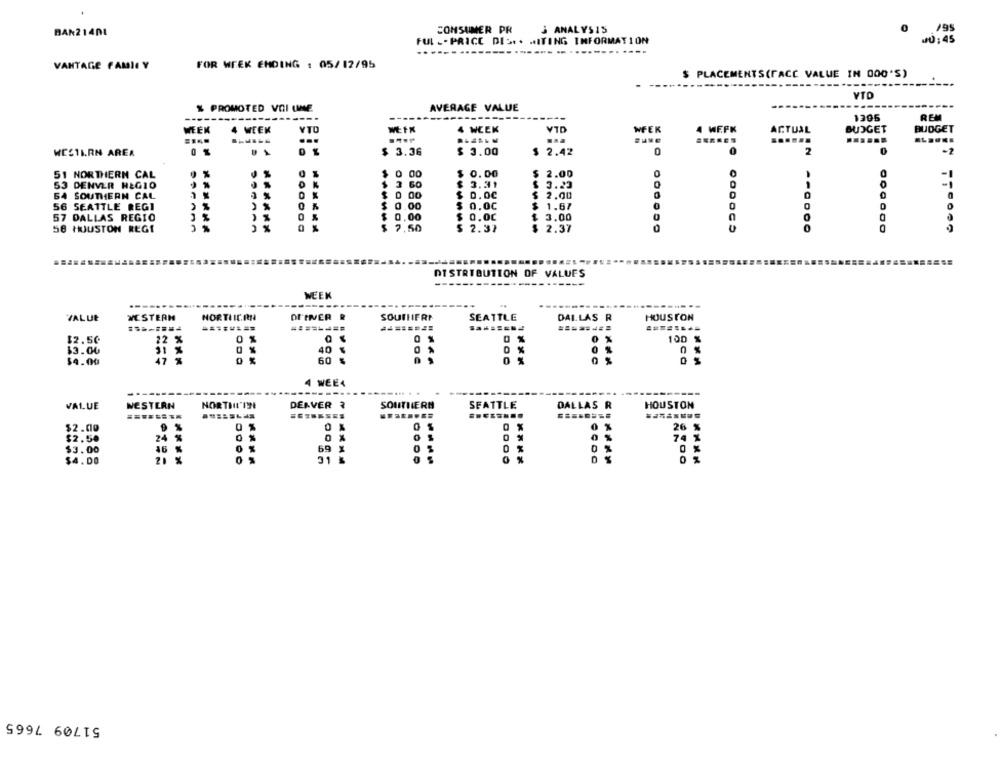
BAN21401
CONSUMER PR
& ANALYSIS
195
FUL -. PRICE DIS ** * ITING INFORMATION
VANTAGE FAMILY
FOR WEEK EMDING : 05/12/95
$ PLACEMENTS(FACE VALUE IN 000'S)
VTD
% PROMOTED VOI LIME
AVERAGE VALUE
SOEL
REM
WEEK
4 WEEK
WEEK
4 WEEK
VTD
WFEK
WEFK
ACTUAL
BUDGET
BUDGET
...
..
......
WESTERN AREA
$ 3.36
$ 3.00
$ 2.42
0
2
51 NORTHERN CAL
$ 1
00
$
0.00
$ 2.00
O
53 DENVER HEGIO
$ 3 60
3.31
$ 3.23
54 SOUTHERN CAL
$ 0 00
0.00
$ 2.00
0
56 SEATTLE REGI
$ 0.00
0.00
1.67
0
3.00
57 DALLAS REGIO
$ 0.00
$ 0.00
56 HOUSTON REGI
7,50
$ 2.37
2.37
0
DISTRIBUTION OF VALUES
WEEK
SOUTHERN
SEATTLE
HOUSTON
VALUE
WESTERN
HORTLICAN
DI'TIVER
DALLAS R
========
$2.50
0 %
0 %
100 %
$3.00
40
0 %
0 %
$4.00
47
60
4 WEE4
VALUE
WESTERN
NORTH'ISE
DENVER ?
SOUTHERN
SEATTLE
DALLAS R
HOUSTON
........
$2.00
0 %
26 %
$2.50
24 %
0 %
0 %
74 %
$3.00
16 %
69 %
0 5
0 %
$4.00
21 %
31
0
51709 7665